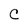
Character: C